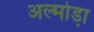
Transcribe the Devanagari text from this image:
अल्मोडा़